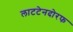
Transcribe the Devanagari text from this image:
लाटटेनदोरफ